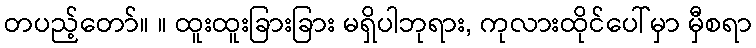
တပည့်တော်။ ။ ထူးထူးခြားခြား မရှိပါဘုရား, ကုလားထိုင်ပေါ်မှာ မှီစရာ